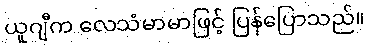
ယူဂျီက လေသံမာမာဖြင့် ပြန်ပြောသည်။